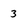
Character: 3